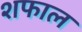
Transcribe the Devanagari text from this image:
शफाल